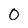
Character: 0